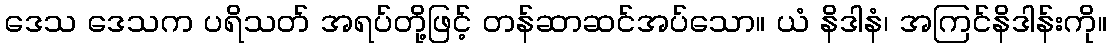
ဒေသ ဒေသက ပရိသတ် အရပ်တို့ဖြင့် တန်ဆာဆင်အပ်သော။ ယံ နိဒါနံ၊ အကြင်နိဒါန်းကို။